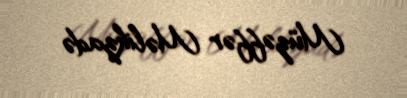
Müzəffər Məlikzadə